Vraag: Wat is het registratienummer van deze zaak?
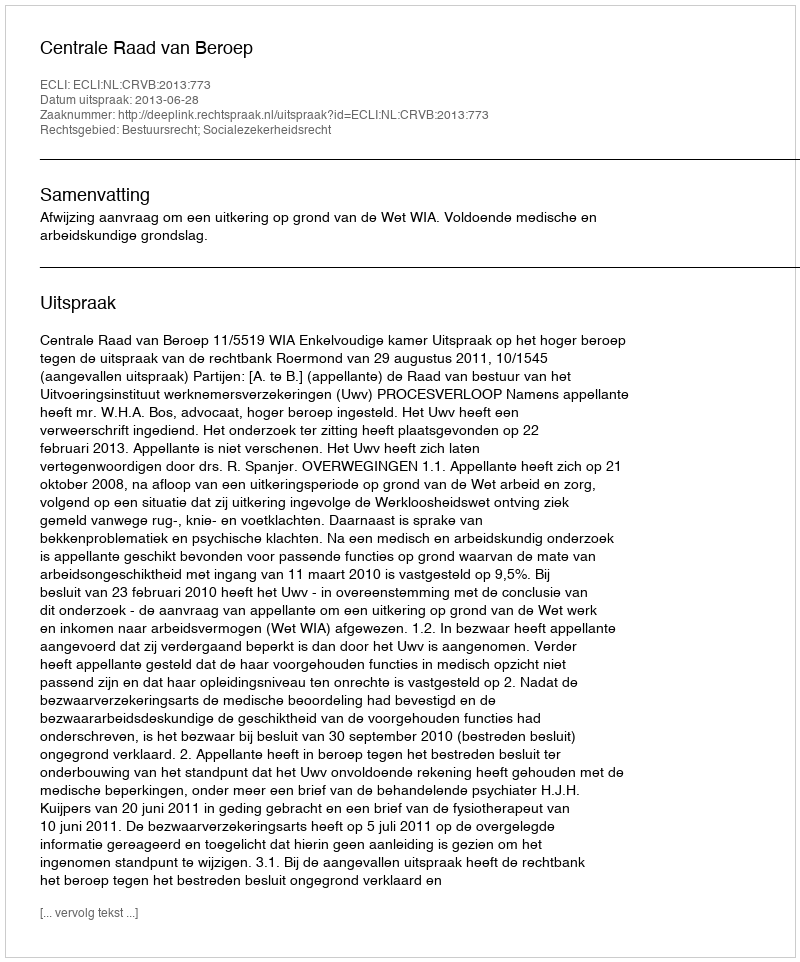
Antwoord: http://deeplink.rechtspraak.nl/uitspraak?id=ECLI:NL:CRVB:2013:773